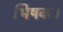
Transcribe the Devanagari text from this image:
भिषक।